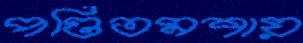
পণ্ডিতমশায়